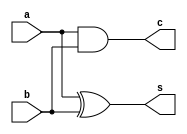
`timescale 1ns / 1ps
//////////////////////////////////////////////////////////////////////////////////
// Company: 
// Engineer: 
// 
// Design Name: 
// Module Name:    ha_12_2 
// Project Name: 
// Target Devices: 
// Tool versions: 
// Description: 
//
// Dependencies: 
//
// Revision: 
// Revision 0.01 - File Created
// Additional Comments: 
//
//////////////////////////////////////////////////////////////////////////////////
module ha_12_2(
    input a,
    input b,
    output s,
    output c
    );
	 xor(s,a,b);
	 and (c,a,b);


endmodule